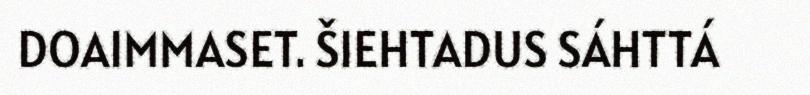
DOAIMMASET. ŠIEHTADUS SÁHTTÁ